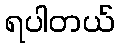
ရပါတယ်